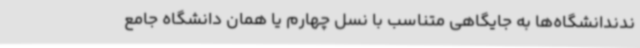
ندندانشگاه‌ها به جایگاهی متناسب با نسل چهارم یا همان دانشگاه جامع